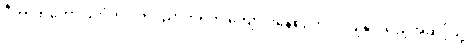
ဒီဟာကတော့ ခဲတံတွင် ကင်ညာတရုတ် ကျောင်းနေစဉ်ကပင် ပျံနိုင်သည့်အဆင့်သို့